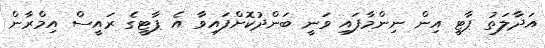
އަދާލަތު ޕާޓީ އިން ނިންމާފައި ވަނީ ބަންދުކޮށްފައިވާ އެ ޕާޓީގެ ރައީސް އިމްރާން